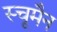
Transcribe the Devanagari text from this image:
स्चूमैन